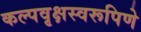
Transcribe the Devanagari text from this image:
कल्पवृक्षस्वरूपिणे